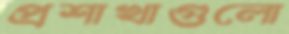
প্রশাখাগুলো